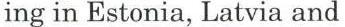
ing in Estonia, Latvia and